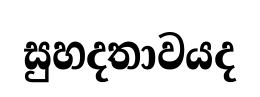
සුහදතාවයද